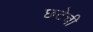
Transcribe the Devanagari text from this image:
छटेची